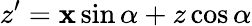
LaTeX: z^{\prime}=\mathbf{x}\sin\alpha+z\cos\alpha